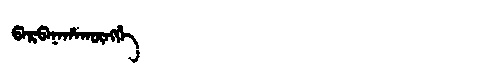
Manchu: ᡦᠠᡵᡦᠠᠨᠠᡥᠠᡴᡡᠩᡤᡝ
Romanization: PARPANAHAKŪNGGE